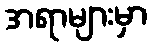
အရာများမှာ